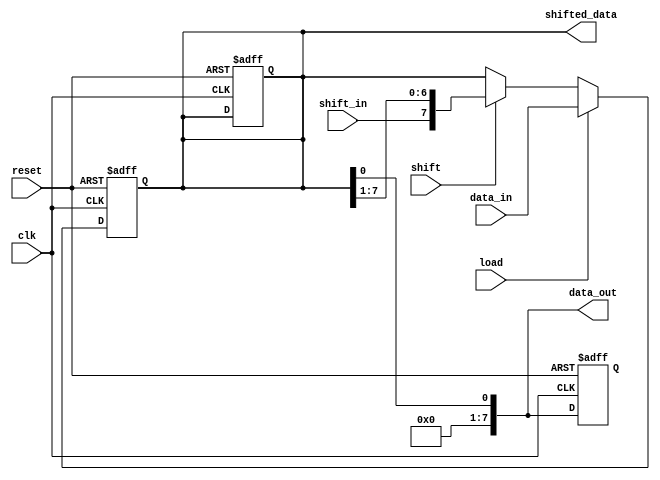
module parameterized_shift_register #(
    parameter WIDTH = 8  // Default width of the shift register
)(
    input wire clk,                // Clock signal
    input wire reset,              // Asynchronous reset
    input wire [WIDTH-1:0] data_in, // Parallel input data
    input wire shift_in,           // Serial input data for shifting
    input wire load,               // Control signal for parallel loading
    input wire shift,              // Control signal for shifting
    output reg [WIDTH-1:0] data_out, // Serial output data
    output reg [WIDTH-1:0] shifted_data // Parallel output data
);

    // Internal register to hold the shift register value
    reg [WIDTH-1:0] shift_reg;

    // Always block for synchronous operations
    always @(posedge clk or posedge reset) begin
        if (reset) begin
            // Reset the shift register to zero
            shift_reg <= {WIDTH{1'b0}};
            data_out <= 1'b0;
            shifted_data <= {WIDTH{1'b0}};
        end else begin
            if (load) begin
                // Parallel load operation
                shift_reg <= data_in;
            end else if (shift) begin
                // Shift operation
                shift_reg <= {shift_in, shift_reg[WIDTH-1:1]};
            end
        end
    end

    // Output assignments
    always @(*) begin
        // Output the current state of the shift register
        data_out = shift_reg[0]; // Serial output (LSB)
        shifted_data = shift_reg; // Parallel output
    end

endmodule